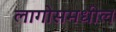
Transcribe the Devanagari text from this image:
लागोसमधील